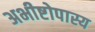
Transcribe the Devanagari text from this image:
अभीष्टोपास्य